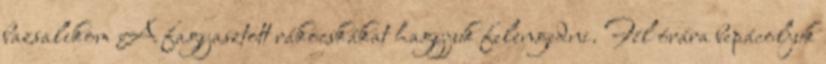
bazsalikom A fagyasztott rákocskákat hagyjuk felengedni. Fél órára bepácoljuk